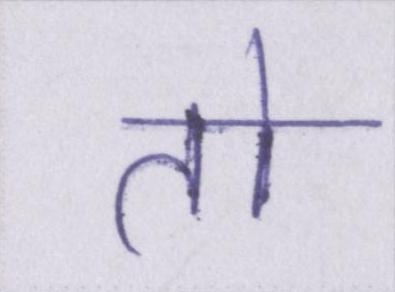
तो